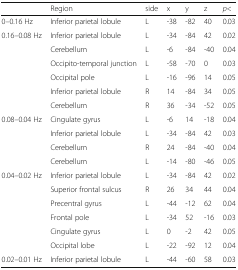
<table><thead><tr><td></td><td><b>Region</b></td><td><b>side</b></td><td><b>x</b></td><td><b>y</b></td><td><b>z</b></td><td><b><i>p</i>&lt;</b></td></tr></thead><tbody><tr><td>0–0.16 Hz</td><td>Inferior parietal lobule</td><td>L</td><td>-38</td><td>-82</td><td>40</td><td>0.03</td></tr><tr><td rowspan="6">0.16–0.08 Hz</td><td>Inferior parietal lobule</td><td>L</td><td>-34</td><td>-84</td><td>42</td><td>0.02</td></tr><tr><td>Cerebellum</td><td>L</td><td>-6</td><td>-84</td><td>-40</td><td>0.04</td></tr><tr><td>Occipito-temporal junction</td><td>L</td><td>-58</td><td>-70</td><td>0</td><td>0.03</td></tr><tr><td>Occipital pole</td><td>L</td><td>-16</td><td>-96</td><td>14</td><td>0.05</td></tr><tr><td>Inferior parietal lobule</td><td>R</td><td>14</td><td>-84</td><td>34</td><td>0.05</td></tr><tr><td>Cerebellum</td><td>R</td><td>36</td><td>-34</td><td>-52</td><td>0.05</td></tr><tr><td rowspan="4">0.08–0.04 Hz</td><td>Cingulate gyrus</td><td>L</td><td>-6</td><td>14</td><td>-18</td><td>0.04</td></tr><tr><td>Inferior parietal lobule</td><td>L</td><td>-34</td><td>-84</td><td>42</td><td>0.03</td></tr><tr><td>Cerebellum</td><td>R</td><td>24</td><td>-84</td><td>-40</td><td>0.04</td></tr><tr><td>Cerebellum</td><td>L</td><td>-14</td><td>-80</td><td>-46</td><td>0.05</td></tr><tr><td rowspan="6">0.04–0.02 Hz</td><td>Inferior parietal lobule</td><td>L</td><td>-34</td><td>-84</td><td>42</td><td>0.02</td></tr><tr><td>Superior frontal sulcus</td><td>R</td><td>26</td><td>34</td><td>44</td><td>0.04</td></tr><tr><td>Precentral gyrus</td><td>L</td><td>-44</td><td>-12</td><td>62</td><td>0.04</td></tr><tr><td>Frontal pole</td><td>L</td><td>-34</td><td>52</td><td>-16</td><td>0.03</td></tr><tr><td>Cingulate gyrus</td><td>L</td><td>0</td><td>-2</td><td>42</td><td>0.05</td></tr><tr><td>Occipital lobe</td><td>L</td><td>-22</td><td>-92</td><td>12</td><td>0.04</td></tr><tr><td>0.02–0.01 Hz</td><td>Inferior parietal lobule</td><td>L</td><td>-44</td><td>-60</td><td>58</td><td>0.03</td></tr></tbody></table>